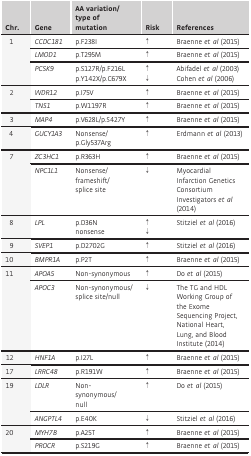
<table><thead><tr><td><b>Chr.</b></td><td><b>Gene</b></td><td><b>AA variation/type of mutation</b></td><td><b>Risk</b></td><td><b>References</b></td></tr></thead><tbody><tr><td rowspan="3">1</td><td><i>CCDC181</i></td><td>p.F238I</td><td>↑</td><td>Braenne <i>et al</i> (2015)</td></tr><tr><td><i>LMOD1</i></td><td>p.T295M</td><td>↑</td><td>Braenne <i>et al</i> (2015)</td></tr><tr><td><i>PCSK9</i></td><td>p.S127R/p.F216Lp.Y142X/p.C679X</td><td>↑↓</td><td>Abifadel <i>et al</i> (2003)Cohen <i>et al</i> (2006)</td></tr><tr><td rowspan="2">2</td><td><i>WDR12</i></td><td>p.I75V</td><td>↑</td><td>Braenne <i>et al</i> (2015)</td></tr><tr><td><i>TNS1</i></td><td>p.W1197R</td><td>↑</td><td>Braenne <i>et al</i> (2015)</td></tr><tr><td>3</td><td><i>MAP4</i></td><td>p.V628L/p.S427Y</td><td>↑</td><td>Braenne <i>et al</i> (2015)</td></tr><tr><td>4</td><td><i>GUCY1A3</i></td><td>Nonsense/p.Gly537Arg</td><td>↑</td><td>Erdmann <i>et al</i> (2013)</td></tr><tr><td rowspan="2">7</td><td><i>ZC3HC1</i></td><td>p.R363H</td><td>↑</td><td>Braenne <i>et al</i> (2015)</td></tr><tr><td><i>NPC1L1</i></td><td>Nonsense/frameshift/splice site</td><td>↓</td><td>Myocardial Infarction Genetics Consortium Investigators <i>et al</i> (2014)</td></tr><tr><td>8</td><td><i>LPL</i></td><td>p.D36Nnonsense</td><td>↑↓</td><td>Stitziel <i>et al</i> (2016)</td></tr><tr><td>9</td><td><i>SVEP1</i></td><td>p.D2702G</td><td>↑</td><td>Stitziel <i>et al</i> (2016)</td></tr><tr><td>10</td><td><i>BMPR1A</i></td><td>p.P2T</td><td>↑</td><td>Braenne <i>et al</i> (2015)</td></tr><tr><td rowspan="2">11</td><td><i>APOA5</i></td><td>Non‐synonymous</td><td>↑</td><td>Do <i>et al</i> (2015)</td></tr><tr><td><i>APOC3</i></td><td>Non‐synonymous/splice site/null</td><td>↓</td><td>The TG and HDL Working Group of the Exome Sequencing Project, National Heart, Lung, and Blood Institute (2014)</td></tr><tr><td>12</td><td><i>HNF1A</i></td><td>p.I27L</td><td>↑</td><td>Braenne <i>et al</i> (2015)</td></tr><tr><td>17</td><td><i>LRRC48</i></td><td>p.R191W</td><td>↑</td><td>Braenne <i>et al</i> (2015)</td></tr><tr><td rowspan="2">19</td><td><i>LDLR</i></td><td>Non‐synonymous/null</td><td>↑</td><td>Do <i>et al</i> (2015)</td></tr><tr><td><i>ANGPTL4</i></td><td>p.E40K</td><td>↓</td><td>Stitziel <i>et al</i> (2016)</td></tr><tr><td rowspan="2">20</td><td><i>MYH7B</i></td><td>p.A25T</td><td>↑</td><td>Braenne <i>et al</i> (2015)</td></tr><tr><td><i>PROCR</i></td><td>p.S219G</td><td>↑</td><td>Braenne <i>et al</i> (2015)</td></tr></tbody></table>